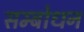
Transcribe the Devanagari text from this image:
सम्‍बोधन